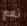
نعم